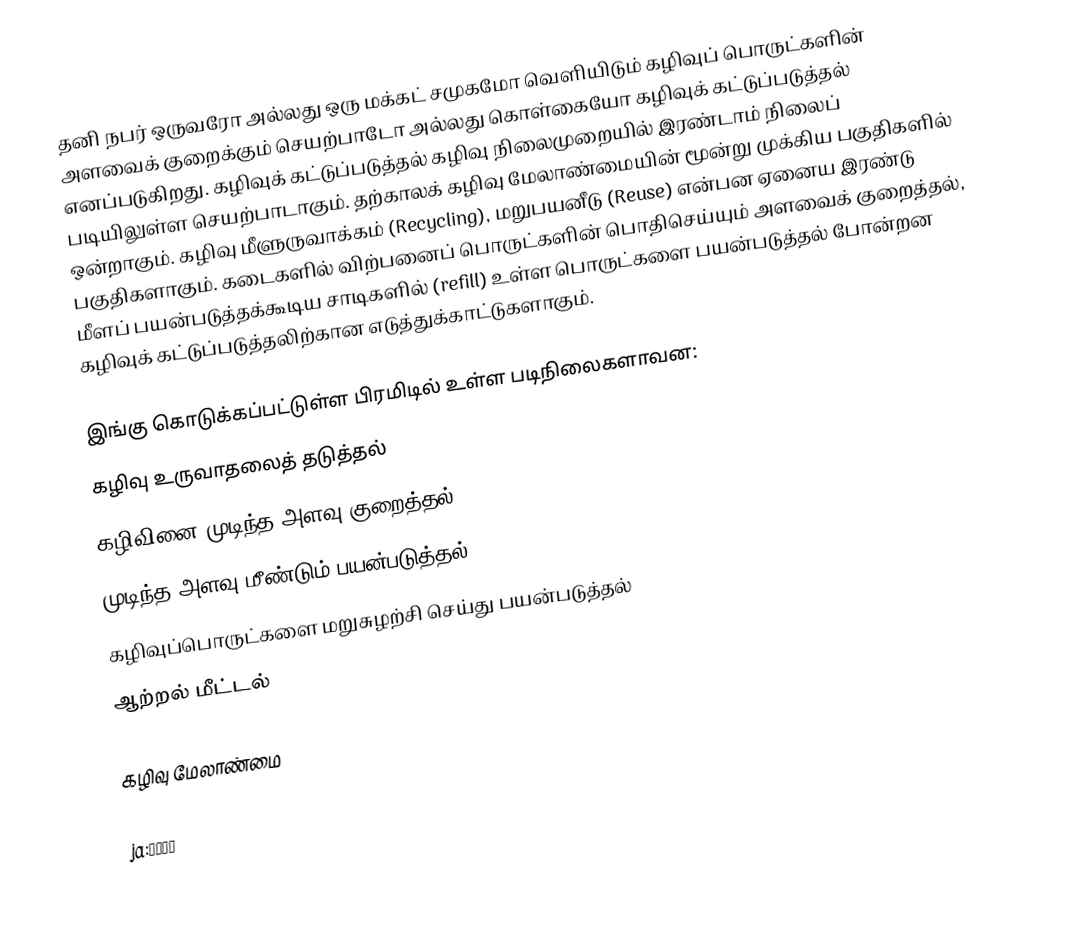
தனி நபர் ஒருவரோ அல்லது ஒரு மக்கட் சமுகமோ வெளியிடும் கழிவுப் பொருட்களின் அளவைக் குறைக்கும் செயற்பாடோ அல்லது கொள்கையோ கழிவுக் கட்டுப்படுத்தல் எனப்படுகிறது. கழிவுக் கட்டுப்படுத்தல் கழிவு நிலைமுறையில் இரண்டாம் நிலைப் படியிலுள்ள செயற்பாடாகும். தற்காலக் கழிவு மேலாண்மையின் மூன்று முக்கிய பகுதிகளில் ஒன்றாகும். கழிவு மீளுருவாக்கம் (Recycling), மறுபயனீடு (Reuse) என்பன ஏனைய இரண்டு பகுதிகளாகும். கடைகளில் விற்பனைப் பொருட்களின் பொதிசெய்யும் அளவைக் குறைத்தல், மீளப் பயன்படுத்தக்கூடிய சாடிகளில் (refill) உள்ள பொருட்களை பயன்படுத்தல் போன்றன கழிவுக் கட்டுப்படுத்தலிற்கான எடுத்துக்காட்டுகளாகும்.

இங்கு கொடுக்கப்பட்டுள்ள பிரமிடில் உள்ள படிநிலைகளாவன:
 கழிவு உருவாதலைத் தடுத்தல்
 கழிவினை முடிந்த அளவு குறைத்தல்
 முடிந்த அளவு மீண்டும் பயன்படுத்தல்
 கழிவுப்பொருட்களை மறுசுழற்சி செய்து பயன்படுத்தல்
 ஆற்றல் மீட்டல்

கழிவு மேலாண்மை

ja:ごみ問題